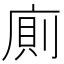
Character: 廁